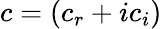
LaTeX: c=(c_{r}+ic_{i})